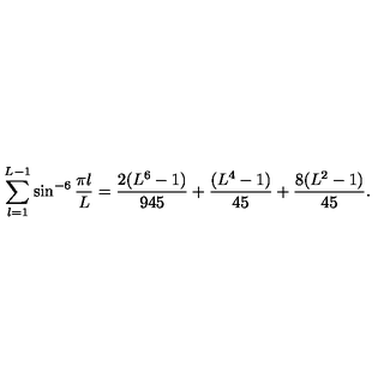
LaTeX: \sum _ { l = 1 } ^ { L - 1 } \sin ^ { - 6 } { \frac { \pi l } { L } } = { \frac { 2 ( L ^ { 6 } - 1 ) } { 9 4 5 } } + { \frac { ( L ^ { 4 } - 1 ) } { 4 5 } } + { \frac { 8 ( L ^ { 2 } - 1 ) } { 4 5 } } .